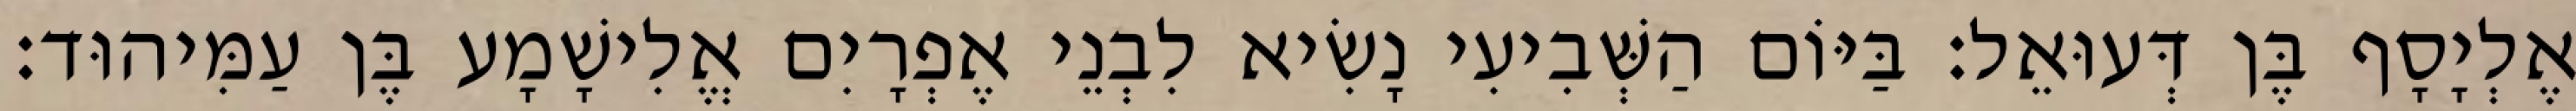
אֶלְיָסָף בֶּן דְּעוּאֵל׃ בַּיּוֹם הַשְּׁבִיעִי נָשִׂיא לִבְנֵי אֶפְרָיִם אֱלִישָׁמָע בֶּן עַמִּיהוּד׃